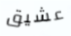
عشيق